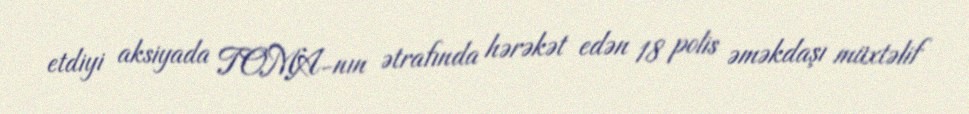
etdiyi aksiyada TOMA-nın ətrafında hərəkət edən 18 polis əməkdaşı müxtəlif